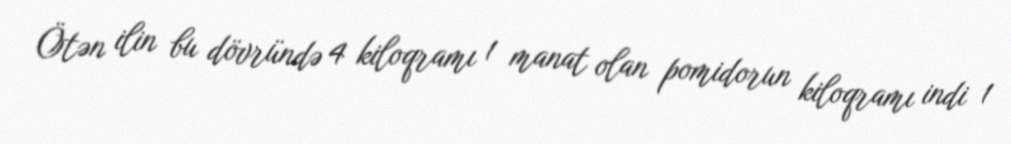
Ötən ilin bu dövründə 4 kiloqramı 1 manat olan pomidorun kiloqramı indi 1